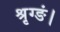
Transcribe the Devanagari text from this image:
श्रृग्ङं।